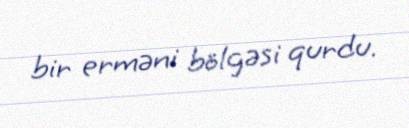
bir erməni bölgəsi qurdu.